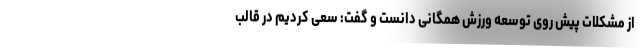
از مشکلات پیش روی توسعه ورزش همگانی دانست و گفت: سعی کردیم در قالب